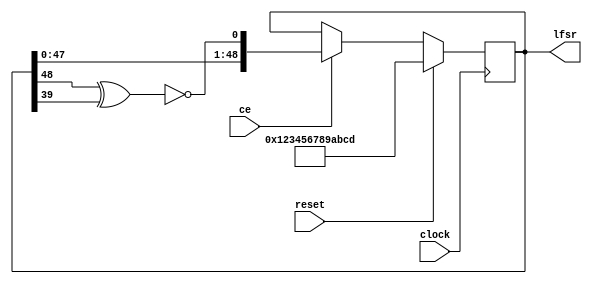
`timescale 1ns / 1ps
//----------------------------------------------------------------------------------------------------------------
//	Linear Feedback Shift Register
//	Generates pseudo-random patterns
//	From Xilinx xapp210
//----------------------------------------------------------------------------------------------------------------
//	01/20/09 Mod for 56-bit alct data path
//	02/24/09 Mod for 49-bit alct data path
//	07/26/10 Port to ise 12
//----------------------------------------------------------------------------------------------------------------
	module alct_lfsr_rng(clock,ce,reset,lfsr);

// Generic
//	parameter LFSR_LENGTH = 56;
	parameter LFSR_LENGTH = 49;

// Ports
	input							clock;	// 40 Mhz clock
	input							ce;		// Clock enable
	input							reset;	// Restart series
	output reg 	[LFSR_LENGTH-1:0]	lfsr;	// Random series

// LFSR Random Pattern Generator
//	wire [LFSR_LENGTH-1:0] lfsr_seed = 56'h123456789ABCDE;
	wire [LFSR_LENGTH-1:0] lfsr_seed = 49'h123456789ABCD;

//	wire feedback = ~(lfsr[15] ^ lfsr[14] ^ lfsr[12] ^ lfsr[ 3]);	// 16 bit version
//	wire feedback = ~(lfsr[55] ^ lfsr[54] ^ lfsr[34] ^ lfsr[33]);	// 56 bit version 2x28
	wire feedback = ~(lfsr[48] ^ lfsr[39]);							// 49 bit version

	always @(posedge clock) begin
	if      (reset)	lfsr <=  lfsr_seed;
	else if (ce)	lfsr <= {lfsr[LFSR_LENGTH-2:0],feedback};
	end
	
//----------------------------------------------------------------------------------------------------------------
	endmodule
//----------------------------------------------------------------------------------------------------------------